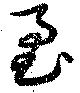
睘